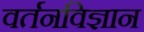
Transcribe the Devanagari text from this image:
वर्तनविज्ञान